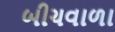
બીચવાળા